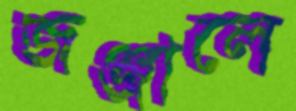
জঞ্জালে